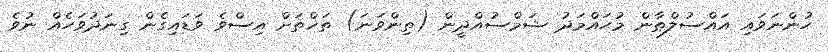
ހުންނަވައި އައްސުލްޠާން މުޙައްމަދު ޝަމްސުއްދީން (ތިންވަނަ) ތަޚްތަށް އިސްވެ ވަޑައިގެން ގިނަދުވަހެއް ނުވެ